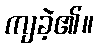
ကျခဲ့၏။